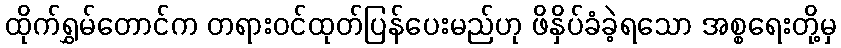
ထိုက်ရွှမ်တောင်က တရားဝင်ထုတ်ပြန်ပေးမည်ဟု ဖိနှိပ်ခံခဲ့ရသော အစ္စရေးတို့မှ